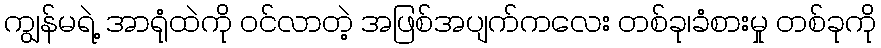
ကျွန်မရဲ့ အာရုံထဲကို ဝင်လာတဲ့ အဖြစ်အပျက်ကလေး တစ်ခု၊ခံစားမှု တစ်ခုကို